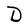
Character: D